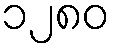
၁၂၈၀